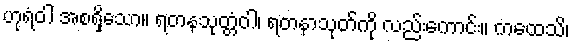
ဟုရံဝါ အစရှိသော။ ရတနသုတ္တံဝါ၊ ရတနာသုတ်ကို လည်းကောင်း။ ကထေသိ၊